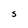
Character: S